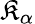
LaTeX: \mathfrak{K}_{\alpha}